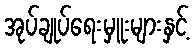
အုပ်ချုပ်ရေးမှူးများနှင့်